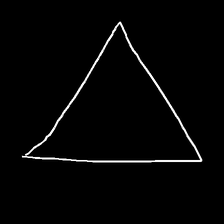
Glyph: convergence